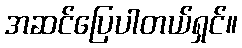
အဆင်ပြေပါတယ်ရှင်။